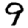
Digit: 9